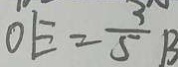
O E = \frac { 3 } { 5 } B